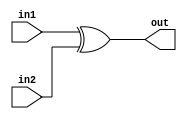
module my_xor (output out, input in1, in2);

	xor xor1(out, in1, in2);

endmodule